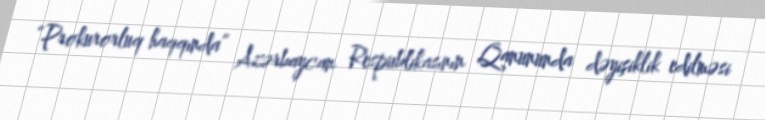
“Prokurorluq haqqında” Azərbaycan Respublikasının Qanununda dəyişiklik edilməsi